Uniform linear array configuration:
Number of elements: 64
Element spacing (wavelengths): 0.25
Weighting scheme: uniform
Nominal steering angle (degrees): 0
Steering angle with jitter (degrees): -1.985
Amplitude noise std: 0.05
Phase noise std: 0.05

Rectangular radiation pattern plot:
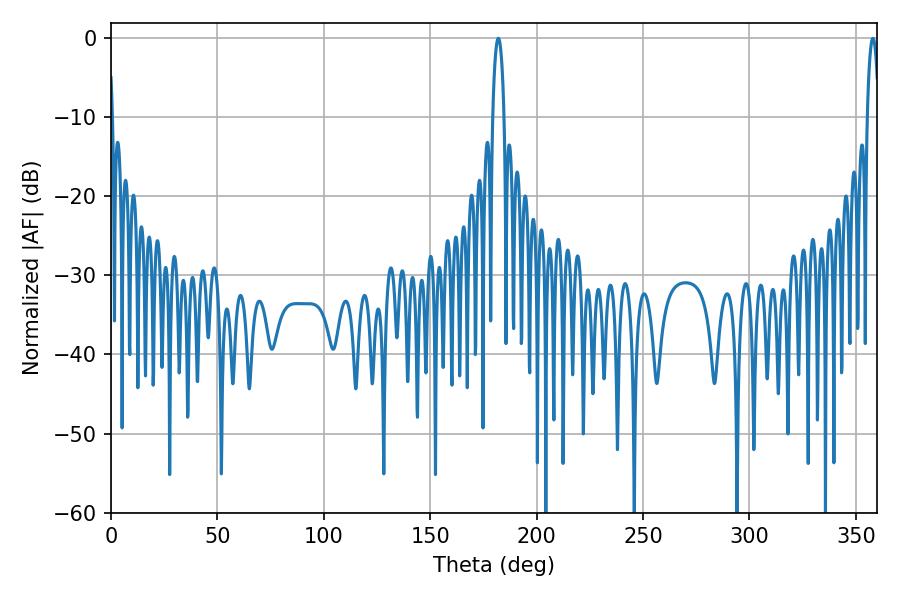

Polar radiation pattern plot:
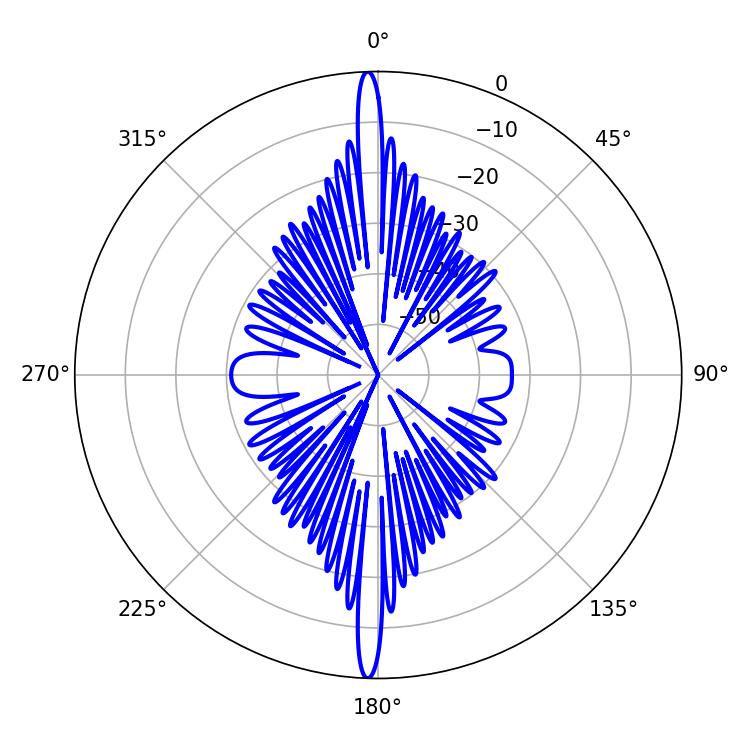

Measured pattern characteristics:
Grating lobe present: FALSE
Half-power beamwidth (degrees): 2.88
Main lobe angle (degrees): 181.98